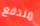
مندفع